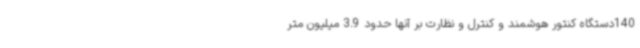
140دستگاه کنتور هوشمند و کنترل و نظارت بر آنها حدود 3.9 میلیون متر